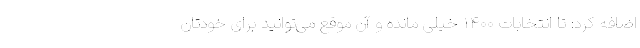
اضافه کرد: تا انتخابات ۱۴۰۰ خیلی مانده و آن موقع می‌توانید برای خودتان